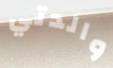
والدتي